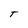
Character: T